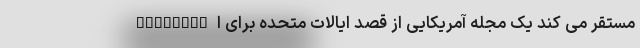
Avenger" مستقر می کند یک مجله آمریکایی از قصد ایالات متحده برای ا